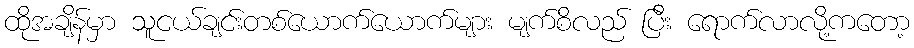
ထိုအချိန်မှာ သူငယ်ချင်းတစ်ယောက်ယောက်များ မျက်စိလည် ပြီး ရောက်လာလို့ကတော့